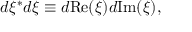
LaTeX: d \xi ^ { * } d \xi \equiv d \mathrm { R e } ( \xi ) d \mathrm { I m } ( \xi ) ,